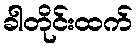
ခါတိုင်းထက်